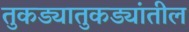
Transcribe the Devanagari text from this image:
तुकड्यातुकड्यांतील